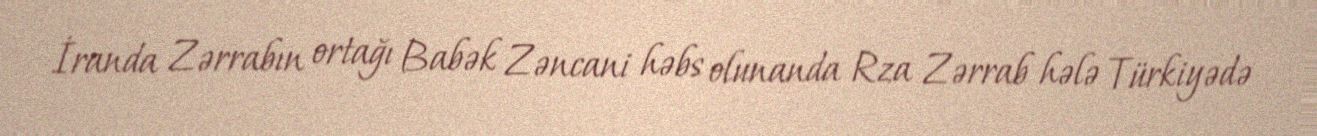
İranda Zərrabın ortağı Babək Zəncani həbs olunanda Rza Zərrab hələ Türkiyədə